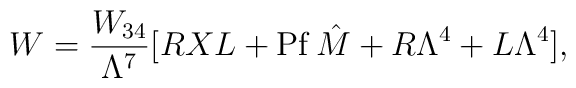
W={W_{34}\over\Lambda^7}[RXL+{\rm Pf\,}\hat M+R\Lambda^4+L\Lambda^4],